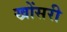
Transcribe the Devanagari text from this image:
खोंसरी